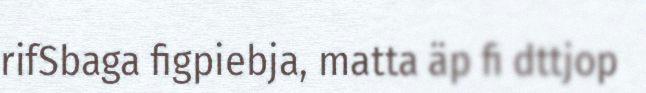
rifSbaga figpiebja, matta äp fi dttjop